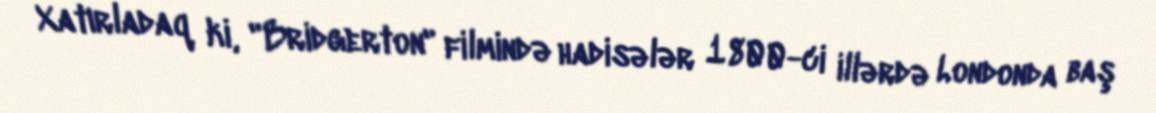
Xatırladaq ki, "Bridgerton" filmində hadisələr 1800-ci illərdə Londonda baş